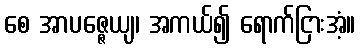
စေ အာပဇ္ဇေယျ၊ အကယ်၍ ရောက်ငြားအံ့။